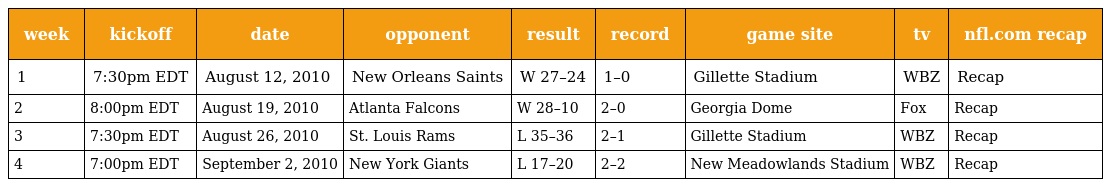
| week | kickoff | date | opponent | result | record | game site | tv | nfl.com recap |
 | --- | --- | --- | --- | --- | --- | --- | --- | --- |
 | 1 | 7:30pm EDT | August 12, 2010 | New Orleans Saints | W 27–24 | 1–0 | Gillette Stadium | WBZ | Recap |
 | 2 | 8:00pm EDT | August 19, 2010 | Atlanta Falcons | W 28–10 | 2–0 | Georgia Dome | Fox | Recap |
 | 3 | 7:30pm EDT | August 26, 2010 | St. Louis Rams | L 35–36 | 2–1 | Gillette Stadium | WBZ | Recap |
 | 4 | 7:00pm EDT | September 2, 2010 | New York Giants | L 17–20 | 2–2 | New Meadowlands Stadium | WBZ | Recap |